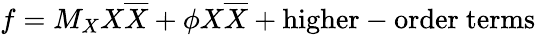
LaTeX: f=M_{X}X\overline{{{X}}}+\phi X\overline{{{X}}}+\mathrm{higher-order\ terms}